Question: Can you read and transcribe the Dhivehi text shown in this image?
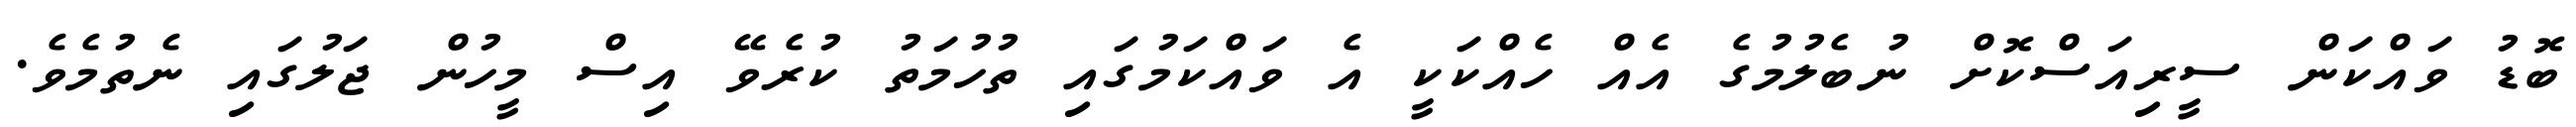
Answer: ބޮޑު ވައްކަން ސީރިއަސްކޮށް ނުބެލުމުގެ އެއް ހެއްކަކީ އެ ވައްކަމުގައި ތުހުމަތު ކުރެވޭ އިސް މީހުން ޖަލުގައި ނެތުމެވެ.